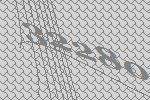
32280